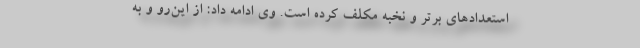
استعدادهای برتر و نخبه مکلف کرده است. وی ادامه داد: از این‌رو و به